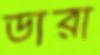
ডারা